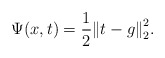
\begin{align*}\Psi(x,t)=\frac{1}{2}{\|t-g\|}_2^2.\end{align*}